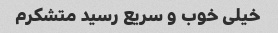
خیلی خوب و سریع رسید متشکرم